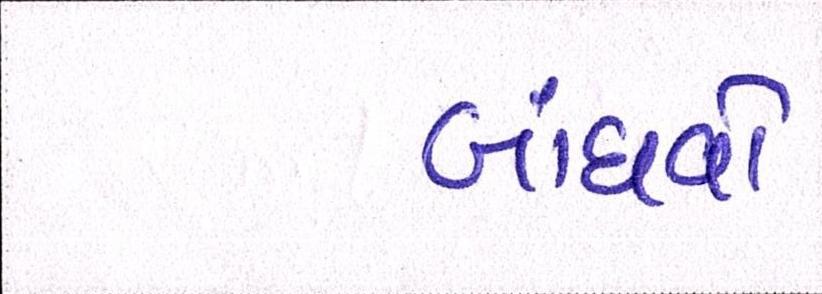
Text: બાંધવો